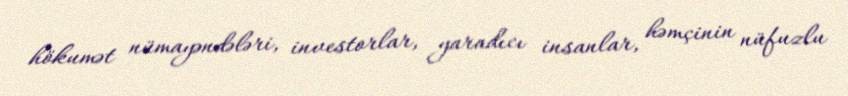
hökumət nümayəndələri, investorlar, yaradıcı insanlar, həmçinin nüfuzlu